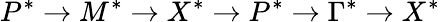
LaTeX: P^{*}\rightarrow M^{*}\rightarrow X^{*}\rightarrow P^{*}\rightarrow\Gamma^{*}\rightarrow X^{*}